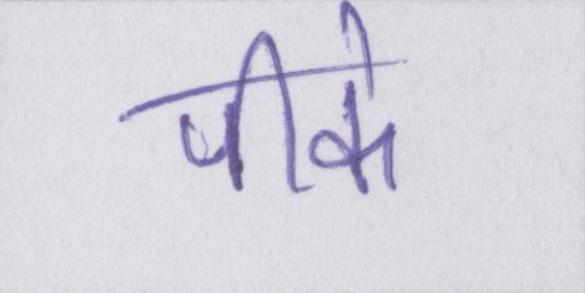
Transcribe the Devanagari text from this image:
पीके